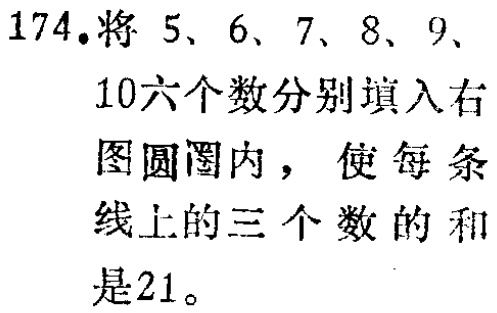
174.将 5、6、7、8、9、10六个数分别填入右图圆圈内，使每条线上的三个数的和是21。